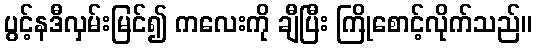
ပွင့်နဒီလှမ်းမြင်၍ ကလေးကို ချီပြီး ကြိုစောင့်လိုက်သည်။